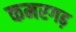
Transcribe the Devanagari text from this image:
कमरगढ़